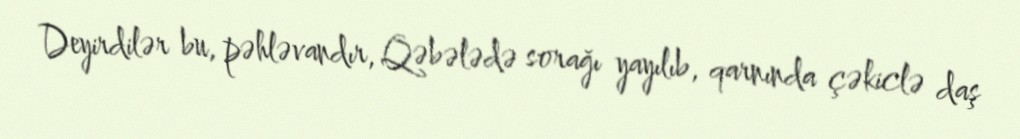
Deyirdilər bu, pəhləvandır, Qəbələdə sorağı yayılıb, qarnında çəkiclə daş